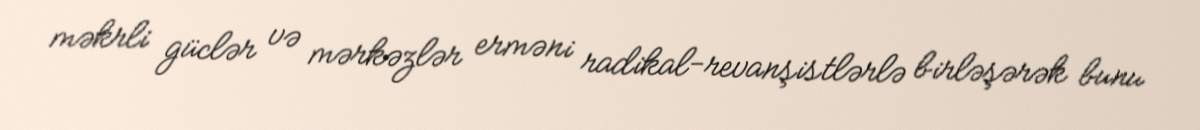
məkrli güclər və mərkəzlər erməni radikal-revanşistlərlə birləşərək bunu